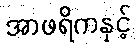
အာဖရိကနှင့်